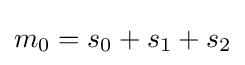
m_{0}=s_{0}+s_{1}+s_{2}